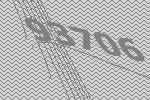
93706